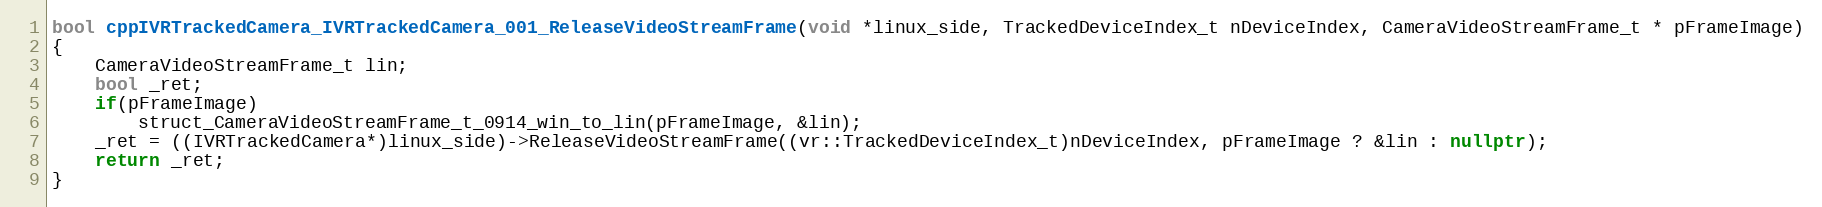
Language: C++
bool cppIVRTrackedCamera_IVRTrackedCamera_001_ReleaseVideoStreamFrame(void *linux_side, TrackedDeviceIndex_t nDeviceIndex, CameraVideoStreamFrame_t * pFrameImage)
{
    CameraVideoStreamFrame_t lin;
    bool _ret;
    if(pFrameImage)
        struct_CameraVideoStreamFrame_t_0914_win_to_lin(pFrameImage, &lin);
    _ret = ((IVRTrackedCamera*)linux_side)->ReleaseVideoStreamFrame((vr::TrackedDeviceIndex_t)nDeviceIndex, pFrameImage ? &lin : nullptr);
    return _ret;
}